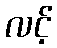
လင့်